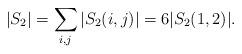
LaTeX: \begin{align*}|S_2| = \sum_{i,j} |S_2(i,j)| = 6|S_2(1,2)|.\end{align*}